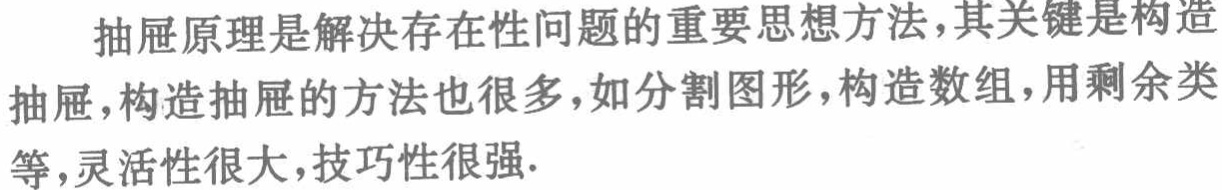
抽屉原理是解决存在性问题的重要思想方法，其关键是构造抽屉，构造抽屉的方法也很多，如分割图形，构造数组，用剩余类等，灵活性很大，技巧性很强.